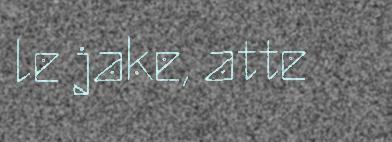
le jake, atte